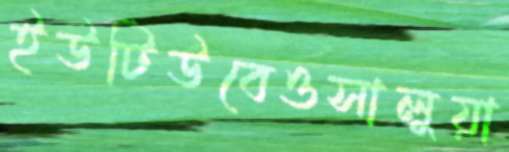
ইউটিউবেওসালুয়া